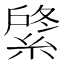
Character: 𦂟